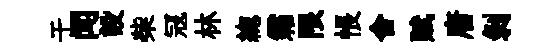
于闻設柴冦林緫霜限悵舍赋唐剝